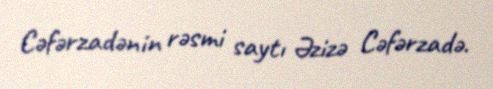
Cəfərzadənin rəsmi saytı Əzizə Cəfərzadə.